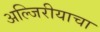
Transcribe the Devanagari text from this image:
अल्जिरीयाचा